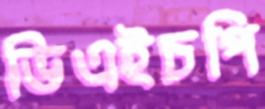
ভিএইচপি